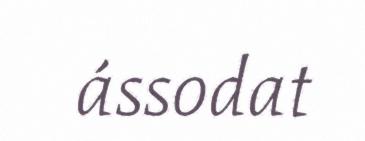
ássodat